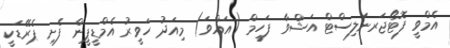
އެމްވީ ފޮޓޯޖަރނަލިސްޓް އަޝްވާ ފަހީމް (އައްވަ) މިއަދު ހަވީރު އެމްޑީޕީން ފެށި ޕެރޭޑަކީ